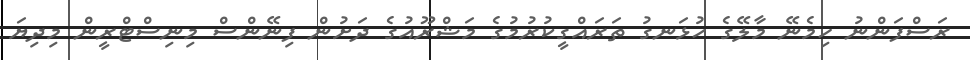
ރަސްފަންނު ހިމެނޭ މާލޭގެ ހުޅަނގު ތަރައްގީކުރުމުގެ މަޝްރޫއުގެ ދަށުން ފިނޭންސް މިނިސްޓްރީން މިދިޔަ